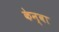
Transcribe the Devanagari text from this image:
केन्वा